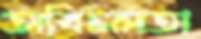
অবিচলতা